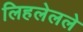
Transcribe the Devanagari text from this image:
लिहलेलले